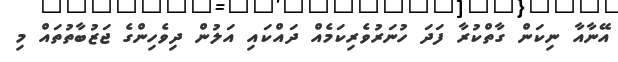
އޭނާއާ ނިކަން ގާތްކުރާ ފަދަ ހުނަރުވެރިކަމެއް ދައްކައި އަލުން ދިވެހިންގެ ޖަޒުބާތުތައް މި